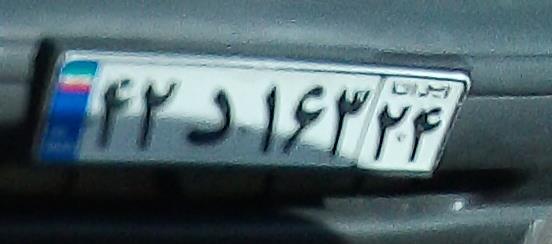
۴۲د۱۶۳۲۴